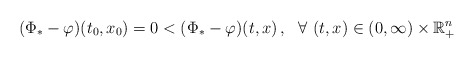
\begin{align*}({\Phi}_* - \varphi)(t_0,x_0) = 0 < ({\Phi}_* - \varphi)(t,x)\,, \ \ \forall\ (t,x)\in (0,\infty) \times \mathbb{R}_{+}^n \end{align*}